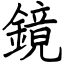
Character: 鏡